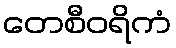
တေစီဝရိကံ